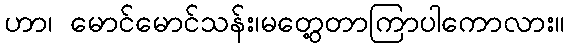
ဟာ၊ မောင်မောင်သန်း၊မတွေ့တာကြာပါကောလား။